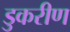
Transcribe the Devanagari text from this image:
डुकरीण